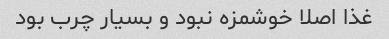
غذا اصلا خوشمزه نبود و بسیار چرب بود